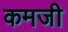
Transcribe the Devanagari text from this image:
कमजी